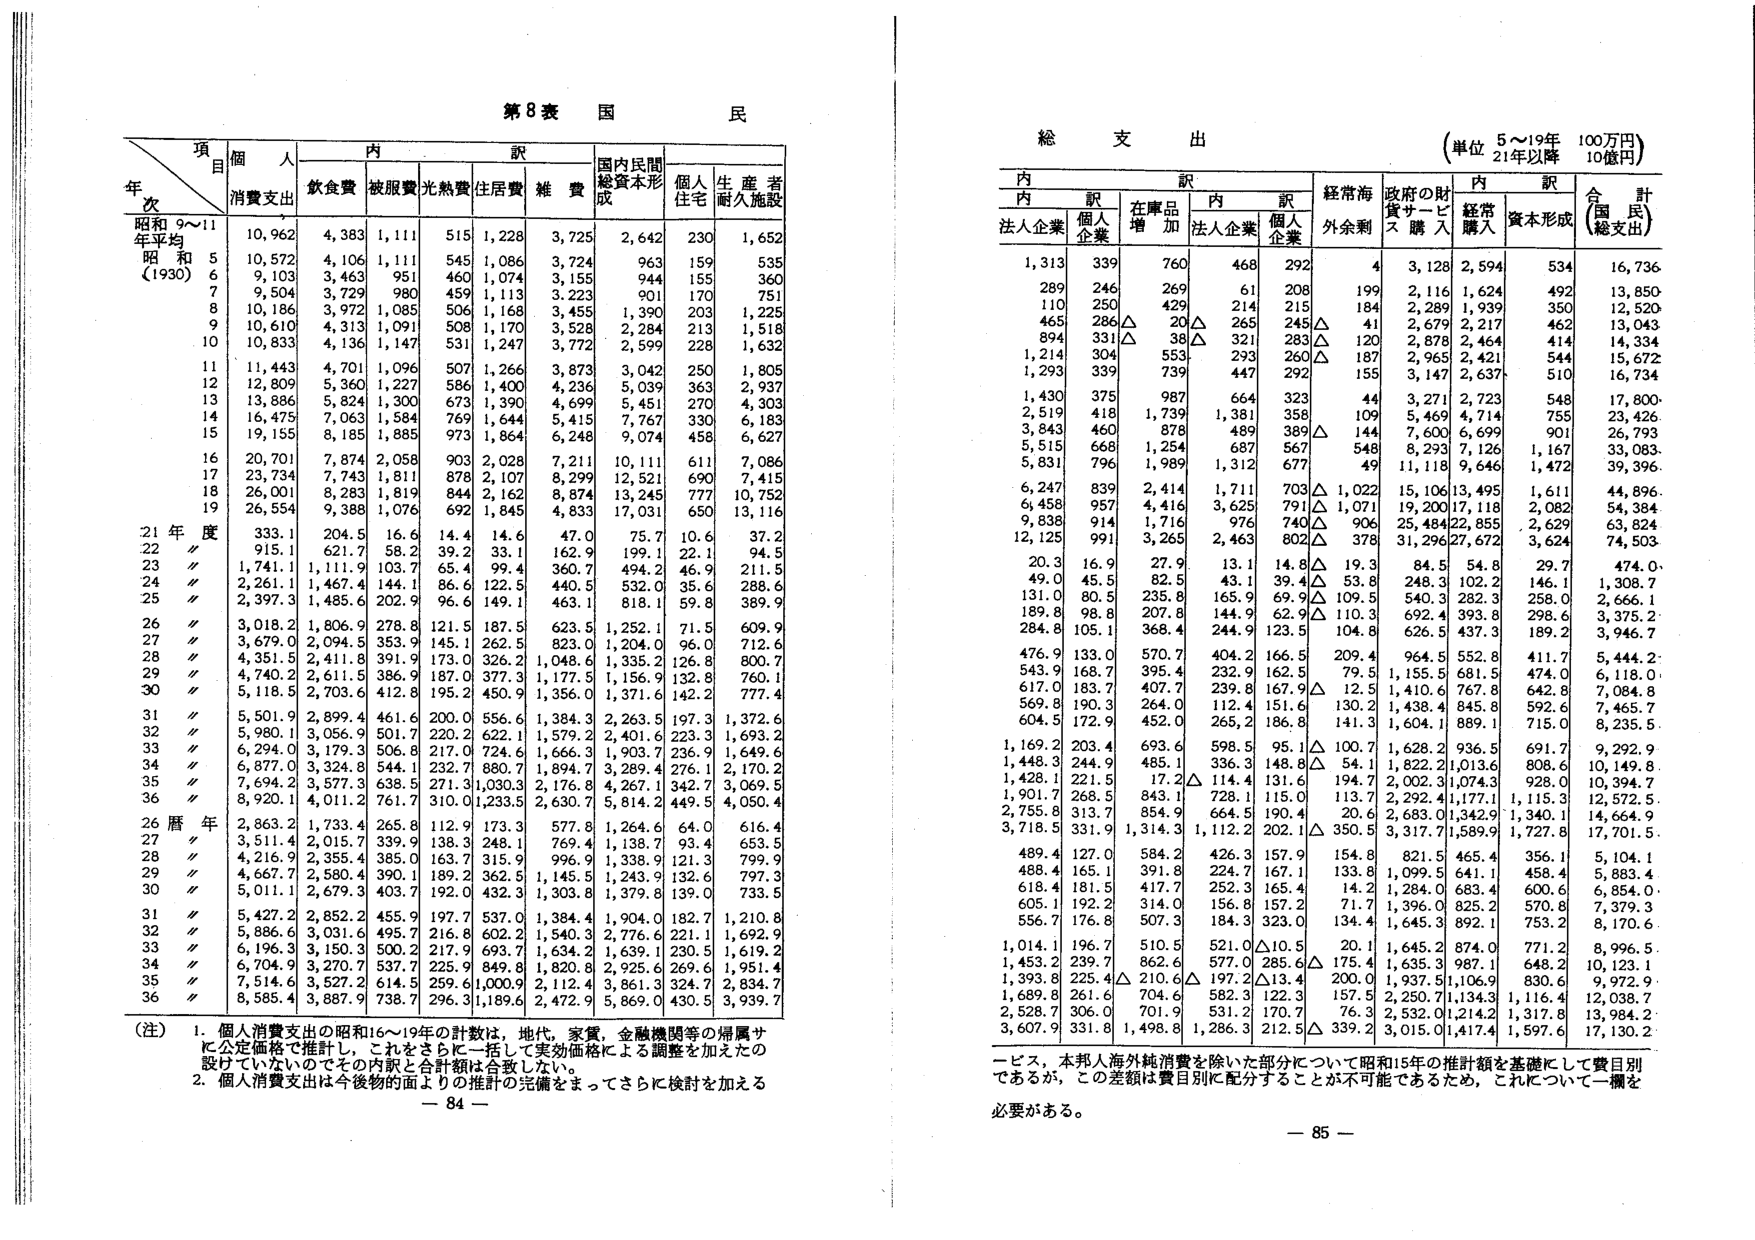
第8表 国民

項 目
年 次
昭和9～11年平均
昭和5
(1930)6
7
8
9
10
11
12
13
14
15
16
17
18
19
21年度
22〃
23〃
24〃
25〃
26〃
27〃
28〃
29〃
30〃
31〃
32〃
33〃
34〃
35〃
36〃
26暦年
27〃
28〃
29〃
30〃
31〃
32〃
33〃
34〃
35〃
36〃

個人
消費支出
10,962
10,572
9,103
9,504
10,186
10,610
10,833
11,443
12,809
13,886
16,475
19,155
20,701
23,734
26,001
26,554
333.1
915.1
1,741.1
2,261.1
2,397.3
3,018.2
3,679.0
4,351.5
4,740.2
5,118.5
5,501.9
5,980.1
6,294.0
6,877.0
7,694.2
8,920.1
2,863.2
3,511.4
4,216.9
4,667.7
5,011.1
5,427.2
5,886.6
6,196.3
6,704.9
7,514.6
8,585.4

内 訳
飲食費
4,383
4,106
3,463
3,729
3,972
4,313
4,136
4,701
5,360
5,824
7,063
8,185
7,874
7,743
8,283
9,388
204.5
621.7
1,111.9
1,467.4
1,485.6
1,806.9
2,094.5
2,411.8
2,611.5
2,703.6
2,899.4
3,056.9
3,179.3
3,324.8
3,577.3
4,011.2
1,733.4
2,015.7
2,355.4
2,580.4
2,679.3
2,852.2
3,031.6
3,150.3
3,270.7
3,527.2
3,887.9

被服費
1,111
1,111
951
980
1,085
1,091
1,147
1,096
1,227
1,300
1,584
1,885
2,058
1,811
1,819
1,076
16.6
58.2
103.7
144.1
202.9
278.8
353.9
391.9
386.9
412.8
461.6
501.7
506.8
544.1
638.5
761.7
265.8
339.9
385.0
390.1
403.7
455.9
495.7
500.2
537.7
614.5
738.7

光熱費
515
545
460
459
506
508
531
507
586
673
769
973
903
878
844
692
14.4
39.2
99.4
122.5
149.1
187.5
145.1
173.0
187.0
195.2
200.0
220.2
217.0
232.7
271.3
310.0
112.9
138.3
163.7
189.2
192.0
197.7
216.8
217.9
225.9
259.6
296.3

住居費
1,228
1,086
1,074
1,113
1,168
1,170
1,247
1,266
1,400
1,390
1,644
1,864
2,028
2,107
2,162
1,845
14.6
33.1
99.4
122.5
149.1
187.5
262.5
326.2
377.3
450.9
556.6
622.1
724.6
880.7
1,030.3
1,233.5
173.3
248.1
315.9
362.5
432.3
537.0
602.2
693.7
849.8
1,000.9
1,189.6

雑費
3,725
3,724
3,155
3,223
3,455
3,528
3,772
3,873
4,236
4,699
5,415
6,248
7,211
8,299
8,874
4,833
47.0
162.9
360.7
440.5
463.1
623.5
823.0
1,048.6
1,177.5
1,356.0
1,384.3
1,579.2
1,666.3
1,894.7
2,176.8
2,630.7
577.8
769.4
996.9
1,145.5
1,303.8
1,384.4
1,540.3
1,634.2
1,820.8
2,112.4
2,472.9

国内民間
総資本形成
2,642
963
944
901
1,390
2,284
2,599
3,042
5,039
5,451
7,767
9,074
10,111
12,521
13,245
17,031
75.7
199.1
494.2
532.0
818.1
1,252.1
1,204.0
1,335.2
1,156.9
1,371.6
2,263.5
2,401.6
1,903.7
3,289.4
4,267.1
5,814.2
1,264.6
1,138.7
1,338.9
1,243.9
1,379.8
1,904.0
2,776.6
1,639.1
2,925.6
3,861.3
5,869.0

個人住宅
230
159
155
170
203
213
228
250
363
270
330
458
611
690
777
650
10.6
22.1
46.9
35.6
59.8
71.5
96.0
126.8
132.8
142.2
197.3
223.3
236.9
276.1
342.7
449.5
64.0
93.4
121.3
132.6
139.0
182.7
221.1
230.5
269.6
324.7
430.5

生産者耐久施設
1,652
535
360
751
1,225
1,518
1,632
1,805
2,937
4,303
6,183
6,627
7,086
7,415
10,752
13,116
37.2
94.5
211.5
288.6
389.9
609.9
712.6
800.7
760.1
777.4
1,372.6
1,693.2
1,649.6
2,170.2
3,069.5
4,050.4
616.4
653.5
799.9
797.3
733.5
1,210.8
1,692.9
1,619.2
1,951.4
2,834.7
3,939.7

総支出
(単位 5～19年 100万円)
21年以降 10億円

内訳
内
法人企業
1,313
289
110
465
894
1,214
1,293
1,430
2,519
3,843
5,515
5,831
6,247
6,458
9,838
12,125
20.3
49.0
131.0
189.8
284.8
476.9
543.9
617.0
569.8
604.5
1,169.2
1,448.3
1,428.1
1,901.7
2,755.8
3,718.5
489.4
488.4
618.4
605.1
556.7
1,014.1
1,453.2
1,393.8
1,689.8
2,528.7
3,607.9

内訳
個人企業
339
246
250
286△
331△
304
339
375
418
460
668
796
839
957
914
991
16.9
45.5
80.5
98.8
105.1
133.0
168.7
183.7
190.3
172.9
203.4
244.9
221.5
268.5
313.7
331.9
127.0
165.1
181.5
192.2
176.8
196.7
239.7
225.4
261.6
306.0
331.8

在庫品増加
760
269
429
20△
38△
553
739
987
1,739
878
1,254
1,989
2,414
4,416
1,716
3,265
27.9
82.5
235.8
207.8
368.4
570.7
395.4
407.7
264.0
452.0
693.6
485.1
17.2△
843.1
854.9
1,314.3
584.2
391.8
417.7
314.0
507.3
510.5
862.6
210.6△
704.6
701.9
1,498.8

内訳
法人企業
468
61
214
265
321
293
447
664
1,381
489
687
1,312
1,711
3,625
976
2,463
13.1
43.1
165.9
144.9
244.9
404.2
232.9
239.8
112.4
265.2
598.5
336.3
114.4
728.1
664.5
1,112.2
426.3
224.7
252.3
156.8
184.3
521.0
577.0
197.2△
582.3
531.2
1,286.3

内訳
個人企業
292
208
215
245△
283△
260△
292
323
358
389△
567
677
703△
791△
740△
802△
14.8
39.4
69.9
62.9
123.5
166.5
162.5
167.9△
151.6
186.8
95.1△
148.8△
131.6
115.0
190.4
202.1△
157.9
167.1
165.4
157.2
323.0
10.5
285.6△
13.4
122.3
170.7
212.5△

経常海外余剰
4
199
184
41
120
187
155
44
109
144
548
49
1,022
1,071
906
378
19.3
53.8
109.5
110.3
104.8
209.4
79.5
12.5
130.2
141.3
100.7
54.1
194.7
113.7
20.6
350.5
154.8
133.8
14.2
71.7
134.4
20.1
175.4
200.0
157.5
76.3
339.2

政府の財貨サービス購入
3,128
2,116
2,289
2,679
2,878
2,965
3,147
3,271
5,469
7,600
8,293
11,118
15,106
19,200
25,484
31,296
84.5
248.3
540.3
692.4
626.5
964.5
1,155.5
1,410.6
1,438.4
1,604.1
1,628.2
1,822.2
2,002.3
2,292.4
2,683.0
3,317.7
821.5
1,099.5
1,284.0
1,396.0
1,645.3
1,645.2
1,635.3
1,937.5
2,250.7
2,532.0
3,015.0

内訳
経常購入
2,594
1,624
1,939
2,217
2,464
2,421
2,637
2,723
4,714
6,699
7,126
9,646
13,495
17,118
22,855
27,672
54.8
102.2
282.3
393.8
437.3
552.8
681.5
767.8
845.8
889.1
936.5
1,013.6
1,074.3
1,177.1
1,342.9
1,589.9
465.4
641.1
683.4
825.2
892.1
874.0
987.1
1,106.9
1,134.3
1,214.2
1,417.4

内訳
資本形成
534
492
350
462
414
544
510
548
755
901
1,167
1,472
1,611
2,082
2,629
3,624
29.7
146.1
258.0
298.6
189.2
411.7
474.0
642.8
592.6
715.0
691.7
808.6
928.0
1,115.3
1,340.1
1,727.8
356.1
458.4
600.6
570.8
753.2
771.2
648.2
830.6
1,116.4
1,317.8
1,597.6

合計（国民総支出）
16,736
13,850
12,520
13,043
14,334
15,672
16,734
17,800
23,426
26,793
33,083
39,396
44,896
54,384
63,824
74,503
474.0
1,308.7
2,666.1
3,375.2
3,946.7
5,444.2
6,118.0
7,084.8
7,465.7
8,235.5
9,292.9
10,149.8
10,394.7
12,572.5
14,664.9
17,701.5
5,104.1
5,883.4
6,854.0
7,379.3
8,170.6
8,996.5
10,123.1
9,972.9
12,038.7
13,984.2
17,130.2

（注）
1. 個人消費支出の昭和16～19年の計数は、地代、家賃、金融機関等の帰属す
   に公定価格で推計し、これをさらに一括して実物価格による調整を加えたの
   設けていないのでその内訳と合計額は合致しない。
2. 個人消費支出は今後物的面よりの推計の完備をまとってさらに検討を加える

— 84 —

一ピス、本邦人海外純消費を除いた部分について昭和15年の推計額を基礎にして費目別
であるが、この差額は費目別に配分することが不可能であるため、これについて一欄を
必要がある。

— 85 —